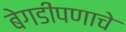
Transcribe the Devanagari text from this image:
बेगडीपणाचे